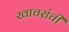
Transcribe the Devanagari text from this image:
खाचरांची